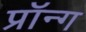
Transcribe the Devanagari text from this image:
प्रॉन्ग